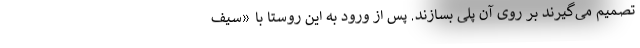
تصمیم می‌گیرند بر روی آن پلی بسازند. پس از ورود به این روستا با «سیف